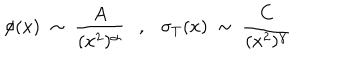
\phi ( x ) ~ \sim ~ \frac { A } { ( x ^ { 2 } ) ^ { \alpha } } , \sigma _ { T } ( x ) ~ \sim ~ \frac { C } { ( x ^ { 2 } ) ^ { \gamma } }